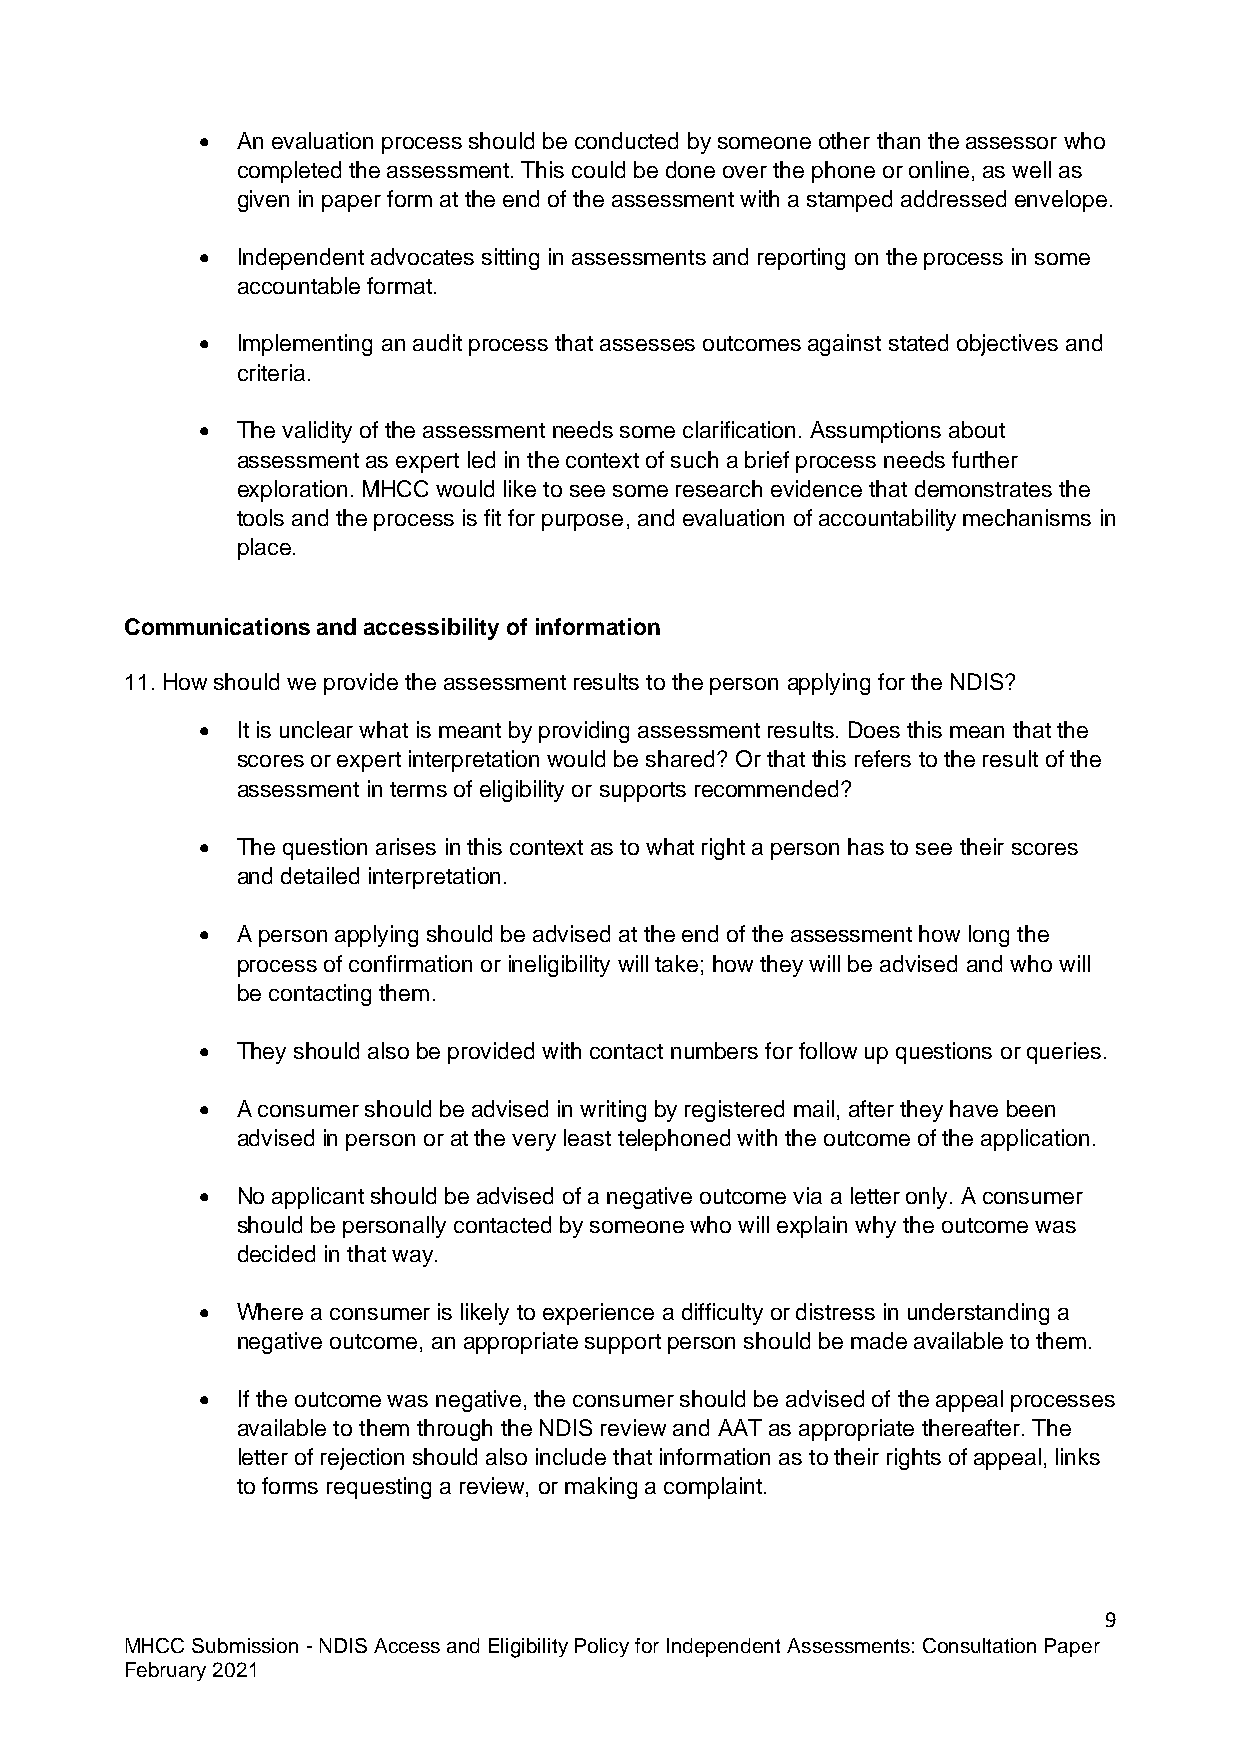
•  An evaluation process should be conducted by someone other than the assessor who
 completed the assessment. This could be done over the phone or online, as well as
 given in paper form at the end of the assessment with a stamped addressed envelope.
 •  Independent advocates sitting in assessments and reporting on the process in some
 accountable format.
 •  Implementing an audit process that assesses outcomes against stated objectives and
 criteria.
 •  The validity of the assessment needs some clarification. Assumptions about
 assessment as expert led in the context of such a brief process needs further
 exploration. MHCC would like to see some research evidence that demonstrates the
 tools and the process is fit for purpose, and evaluation of accountability mechanisms in
 place.
 Communications and accessibility of information
 11. How should we provide the assessment results to the person applying for the NDIS?
 •  It is unclear what is meant by providing assessment results. Does this mean that the
 scores or expert interpretation would be shared? Or that this refers to the result of the
 assessment in terms of eligibility or supports recommended?
 •  The question arises in this context as to what right a person has to see their scores
 and detailed interpretation.
 •  A person applying should be advised at the end of the assessment how long the
 process of confirmation or ineligibility will take; how they will be advised and who will
 be contacting them.
 •  They should also be provided with contact numbers for follow up questions or queries.
 •  A consumer should be advised in writing by registered mail, after they have been
 advised in person or at the very least telephoned with the outcome of the application.
 •  No applicant should be advised of a negative outcome via a letter only. A consumer
 should be personally contacted by someone who will explain why the outcome was
 decided in that way.
 •  Where a consumer is likely to experience a difficulty or distress in understanding a
 negative outcome, an appropriate support person should be made available to them.
 •  If the outcome was negative, the consumer should be advised of the appeal processes
 available to them through the NDIS review and AAT as appropriate thereafter. The
 letter of rejection should also include that information as to their rights of appeal, links
 to forms requesting a review, or making a complaint.
 9
 MHCC Submission - NDIS Access and Eligibility Policy for Independent Assessments: Consultation Paper
 February 2021